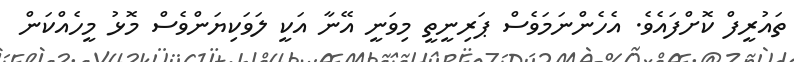
ތައުރީފް ކޮށްފައެވެ. އެހެންނަމަވެސް ޕަރިނީތީ މިވަނީ އޭނާ އަކީ ލަވަކިޔަންވެސް މޮޅު މީހެއްކަން